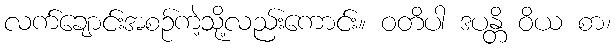
လက်ချောင်းအစဉ်ကဲ့သို့လည်းကောင်း။ ဝတိပါ ဒပန္တိ ဝိယ စာ၊